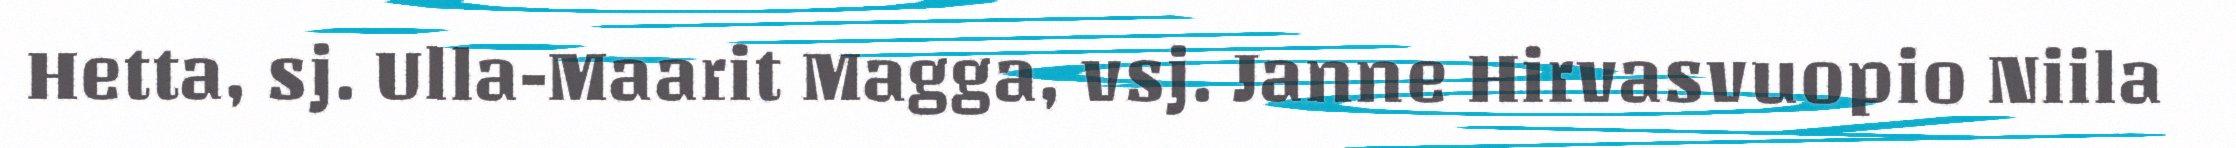
Hetta, sj. Ulla-Maarit Magga, vsj. Janne Hirvasvuopio Niila